Scottish Leaving Certificate Examination, 1951
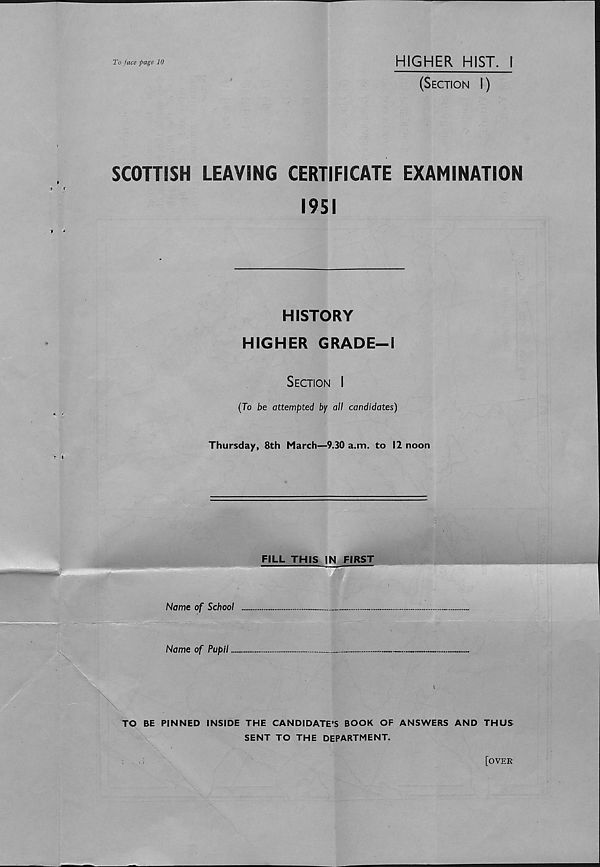
4
(8) British North America Act (
century
)
(9) William Caxton (
century
)
(10) Walpole’s Excise Bill (
century
)
£ »